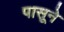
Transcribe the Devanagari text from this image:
पासूने